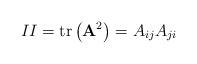
LaTeX: \begin{align*}II=\mathrm{tr}\left(\mathbf{A}^{2}\right)=A_{ij}A_{ji}\end{align*}